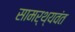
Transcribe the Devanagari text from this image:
सामर्थ्यवंत